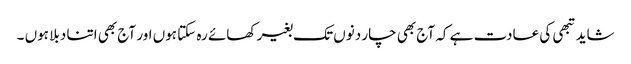
شاید تبھی کی عادت ہے کہ آج بھی چار دنوں تک بغیر کھائے رہ سکتا ہوں اور آج بھی اتنا دبلا ہوں ۔